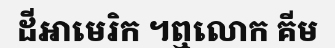
ដីអាមេរិក ។ឮលោក គីម